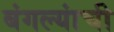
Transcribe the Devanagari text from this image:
बंगल्यांची